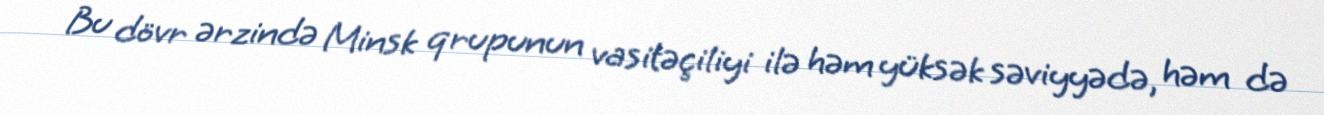
Bu dövr ərzində Minsk qrupunun vasitəçiliyi ilə həm yüksək səviyyədə, həm də